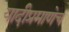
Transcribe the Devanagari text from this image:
यादीप्रमाणेच